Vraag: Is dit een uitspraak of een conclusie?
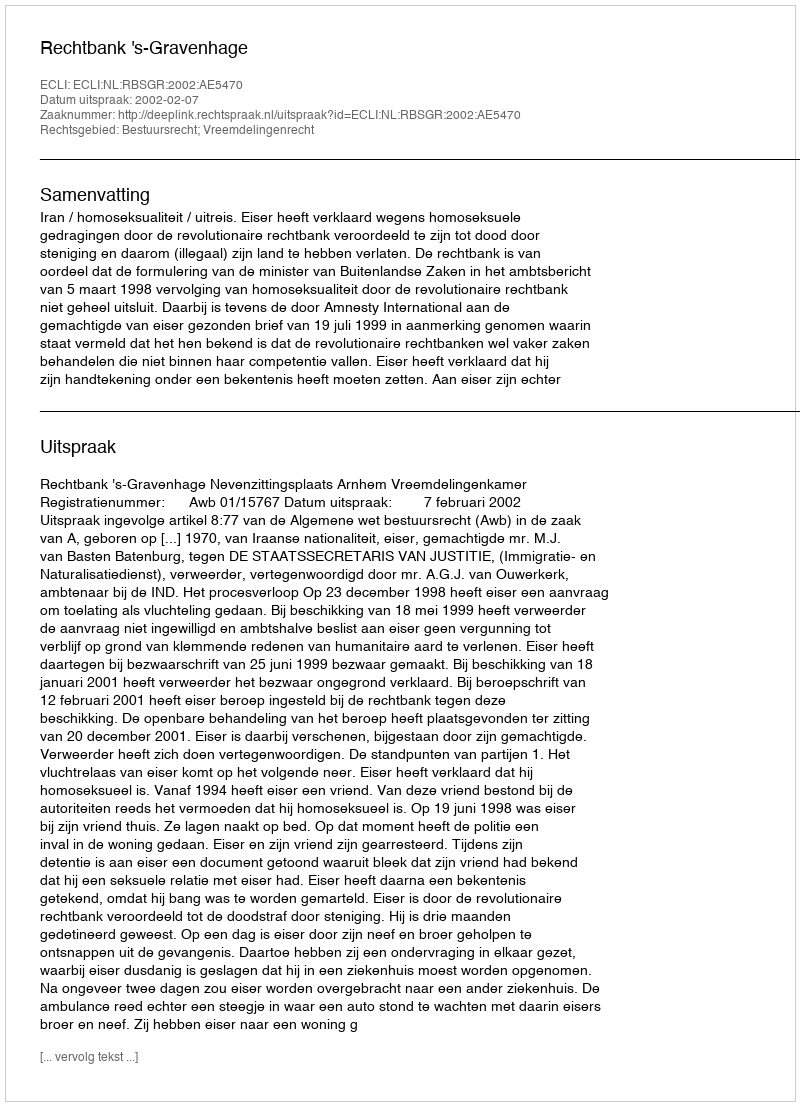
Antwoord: Uitspraak